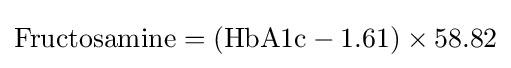
{\rm {Fructosamine}}=({\rm {HbA1c}}-1.61)\times {\rm {58.82}}